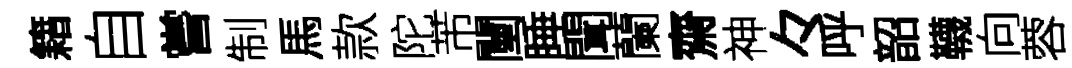
籍自嘗制馬款陀芾闉睡聞蘭齋神々呼韶韈向蓉